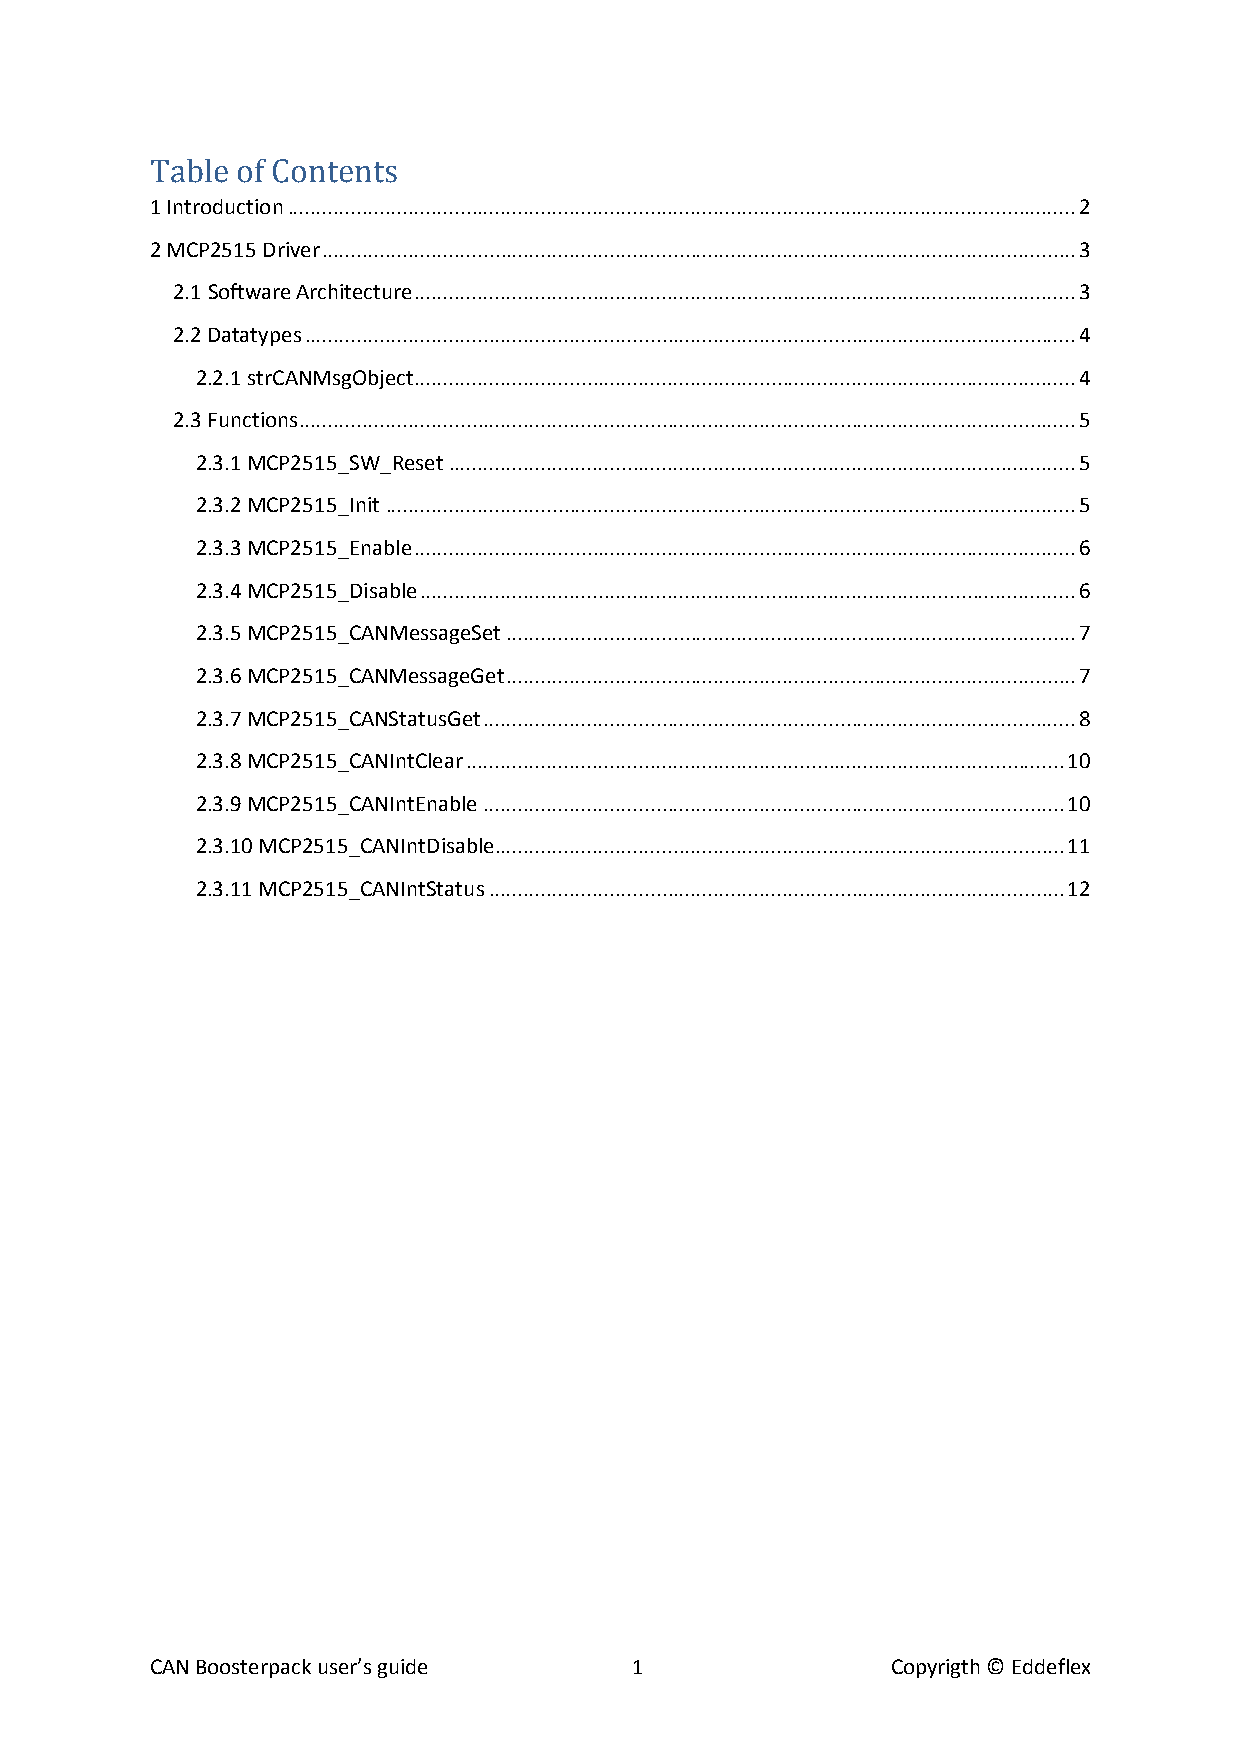
Table of Contents
 1 Introduction ......................................................................................................................................... 2
 2 MCP2515 Driver ................................................................................................................................... 3
 2.1 Software Architecture ................................................................................................................... 3
 2.2 Datatypes ...................................................................................................................................... 4
 2.2.1 strCANMsgObject ................................................................................................................... 4
 2.3 Functions ....................................................................................................................................... 5
 2.3.1 MCP2515_SW_Reset ............................................................................................................. 5
 2.3.2 MCP2515_Init ........................................................................................................................ 5
 2.3.3 MCP2515_Enable ................................................................................................................... 6
 2.3.4 MCP2515_Disable .................................................................................................................. 6
 2.3.5 MCP2515_CANMessageSet ................................................................................................... 7
 2.3.6 MCP2515_CANMessageGet ................................................................................................... 7
 2.3.7 MCP2515_CANStatusGet ....................................................................................................... 8
 2.3.8 MCP2515_CANIntClear ........................................................................................................ 10
 2.3.9 MCP2515_CANIntEnable ..................................................................................................... 10
 2.3.10 MCP2515_CANIntDisable................................................................................................... 11
 2.3.11 MCP2515_CANIntStatus .................................................................................................... 12
 CAN Boosterpack user’s guide    1                Copyrigth © Eddeflex